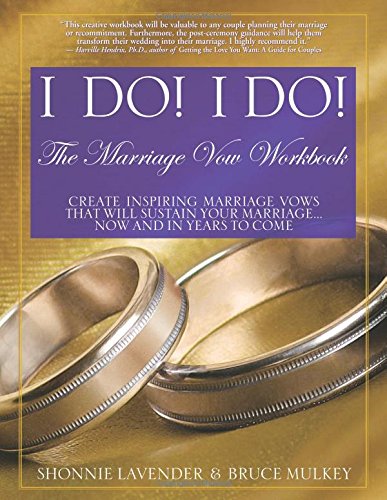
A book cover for I Do! I Do! The Marriage Vow Workbook; Shonnie Lavender; Crafts, Hobbies & Home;